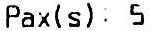
PAX(S): 5